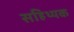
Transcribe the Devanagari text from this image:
सहिथ्यक